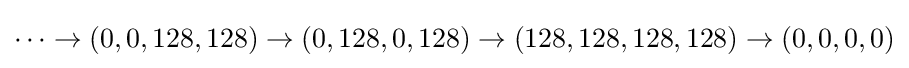
\cdots \rightarrow (0,0,128,128)\rightarrow (0,128,0,128)\rightarrow (128,128,128,128)\rightarrow (0,0,0,0)